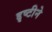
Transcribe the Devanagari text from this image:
द्दृष्टीने